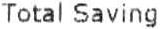
TOTAL SAVING